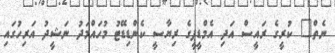
ނެތް" ކުރީގެ ރައީސް އަދި އެމްޑީޕީގެ ރިޔާސީ ކެންޑިޑޭޓު މުހައްމަދު ނަޝީދު އަރިހުގައި